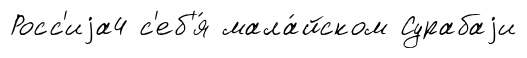
Росс'иjа4 с'еб'я́ мала́йском Сурабаjи